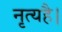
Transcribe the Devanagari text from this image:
नृत्यहै।